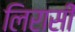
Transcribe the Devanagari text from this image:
लिरासी